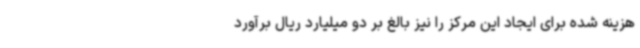
هزینه شده برای ایجاد این مرکز را نیز بالغ بر دو میلیارد ریال برآورد